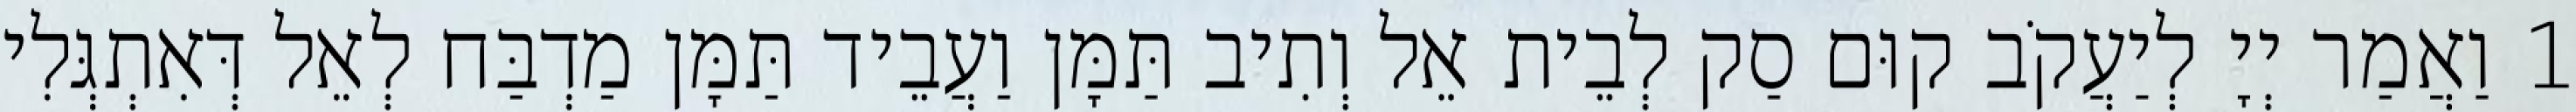
1 וַאֲמַר יְיָ לְיַעֲקֹב קוּם סַק לְבֵית אֵל וְתִיב תַּמָּן וַעֲבֵיד תַּמָּן מַדְבַּח לְאֵל דְּאִתְגְּלִי